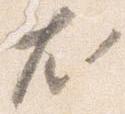
尤